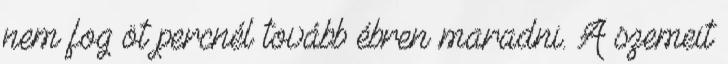
nem fog öt percnél tovább ébren maradni. A szemeit